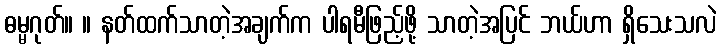
ဓမ္မဂုတ်။ ။ နတ်ထက်သာတဲ့အချက်က ပါရမီဖြည့်ဖို့ သာတဲ့အပြင် ဘယ်ဟာ ရှိသေးသလဲ